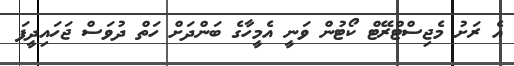
އެ ރަށު މެޖިސްޓްރޭޓް ކޯޓުން ވަނީ އެމީހާގެ ބަންދަށް ހަތް ދުވަސް ޖަހައިދީފަ